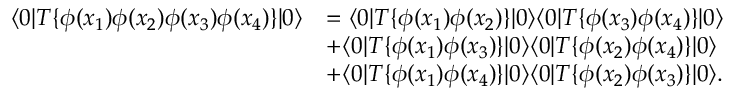
{ \begin{array} { r l } { \langle 0 | T \{ \phi ( x _ { 1 } ) \phi ( x _ { 2 } ) \phi ( x _ { 3 } ) \phi ( x _ { 4 } ) \} | 0 \rangle } & { = \langle 0 | T \{ \phi ( x _ { 1 } ) \phi ( x _ { 2 } ) \} | 0 \rangle \langle 0 | T \{ \phi ( x _ { 3 } ) \phi ( x _ { 4 } ) \} | 0 \rangle } \\ & { + \langle 0 | T \{ \phi ( x _ { 1 } ) \phi ( x _ { 3 } ) \} | 0 \rangle \langle 0 | T \{ \phi ( x _ { 2 } ) \phi ( x _ { 4 } ) \} | 0 \rangle } \\ & { + \langle 0 | T \{ \phi ( x _ { 1 } ) \phi ( x _ { 4 } ) \} | 0 \rangle \langle 0 | T \{ \phi ( x _ { 2 } ) \phi ( x _ { 3 } ) \} | 0 \rangle . } \end{array} }